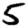
Digit: 5